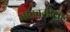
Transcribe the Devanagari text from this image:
भांबवलीला